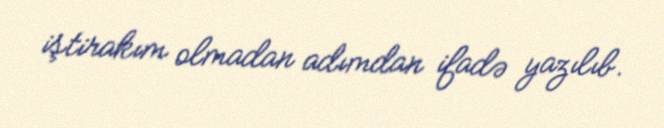
iştirakım olmadan adımdan ifadə yazılıb.